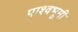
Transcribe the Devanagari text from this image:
पाश्वभूमी